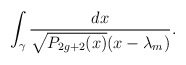
\begin{align*}\int_{\gamma} {dx\over\sqrt{P_{2g+2}(x)}(x-\lambda_m)}.\end{align*}